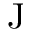
\mathrm { J }